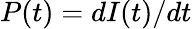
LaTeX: P(t)=dI(t)/dt